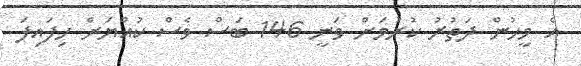
އެ މީހުން ދަތުރު ކުރުމަށް ވަނީ 146 ބަސް ވެސް ކުއްޔަށް ހިފައިފަ